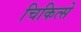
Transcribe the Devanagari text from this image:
चिकित्से